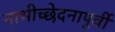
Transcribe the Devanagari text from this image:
नाभीच्छेदनापुर्वी